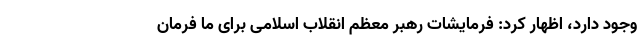
وجود دارد، اظهار کرد: فرمایشات رهبر معظم انقلاب اسلامی برای ما فرمان